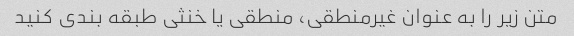
متن زیر را به عنوان غیرمنطقی، منطقی یا خنثی طبقه بندی کنید